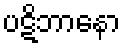
ပဋိဘာနော